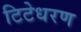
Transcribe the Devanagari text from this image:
टिटेधरण